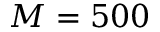
M = 5 0 0